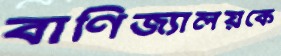
বাণিজ্যালয়কে